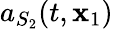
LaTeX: a_{S_{2}}(t,{\mathbf x}_{1})